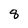
Character: 8